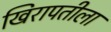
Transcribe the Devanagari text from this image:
खिरापतीला